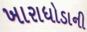
ખારાધોડાની